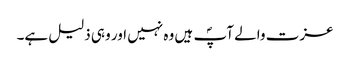
عزت والے آپؐ ہیں وہ نہیں اور وہی ذلیل ہے۔